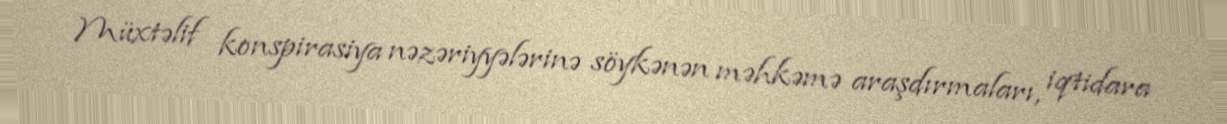
Müxtəlif konspirasiya nəzəriyyələrinə söykənən məhkəmə araşdırmaları, iqtidara